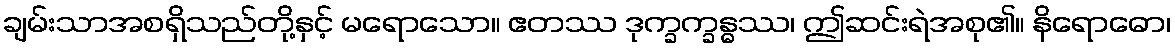
ချမ်းသာအစရှိသည်တို့နှင့် မရောသော။ ဧတဿ ဒုက္ခက္ခန္ဓဿ၊ ဤဆင်းရဲအစု၏။ နိရောဓော၊